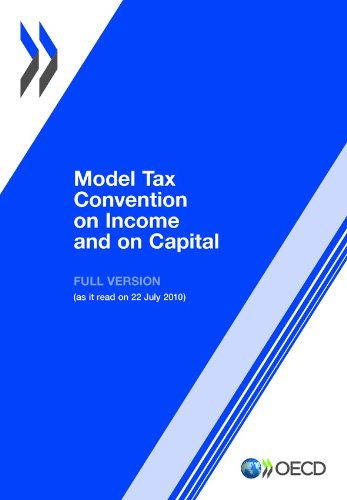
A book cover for Model Tax Convention on Income and on Capital 2010:  Full Version; OECD Organisation for Economic Co-operation and Development; Law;